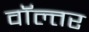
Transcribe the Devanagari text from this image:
वॉल्तर